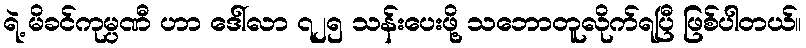
ရဲ့ မိခင်ကုမ္ပဏီ ဟာ ဒေါ်လာ ၇၂၅ သန်းပေးဖို့ သဘောတူလိုက်ရပြီ ဖြစ်ပါတယ်။